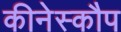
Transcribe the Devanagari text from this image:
कीनेस्कौप